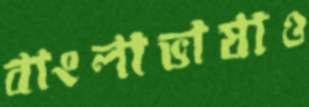
বাংলাভাষাও